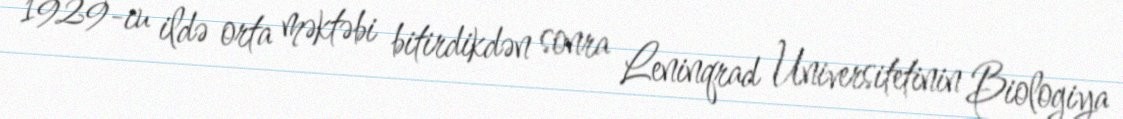
1929-cu ildə orta məktəbi bitirdikdən sonra Leninqrad Universitetinin Biologiya